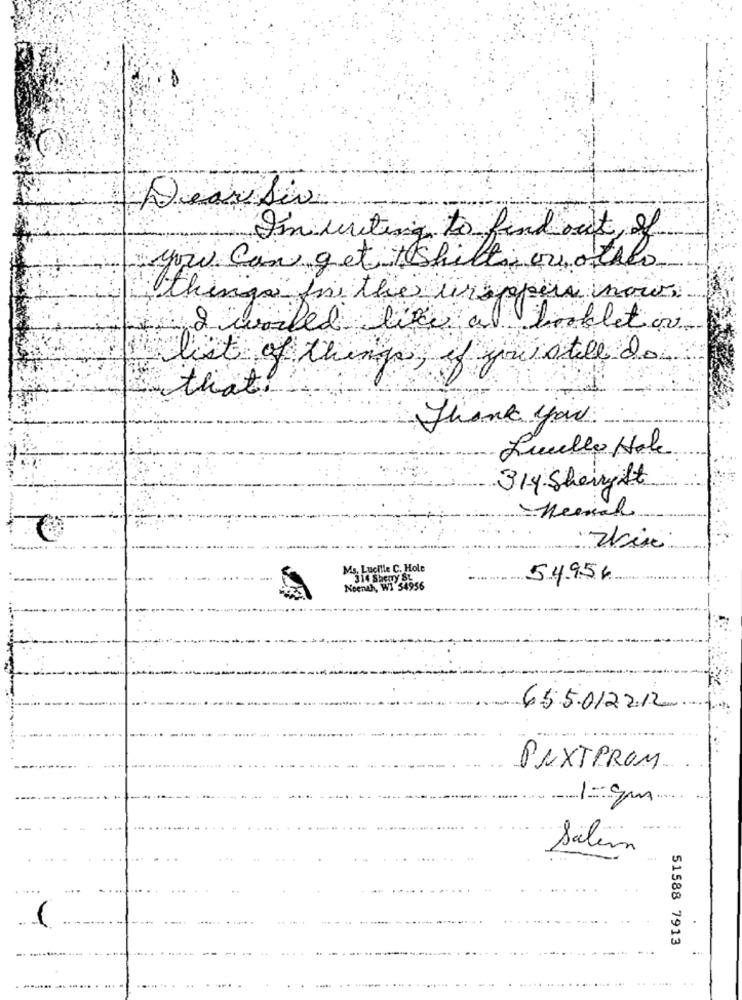
Dear Sir
Imuniting to find out, of
you Can get teshill, ourother
things for the ureppers nous
2 waited like a tinkletor
list of things, if you still do
that!
Thank you
Livello Habe
314 Sherry It
Ms, Lucille C. Hole
54.954
Noenth, WI 54956
-
655.012212
PAXTPROM
1-gm
Salim
51588 7913